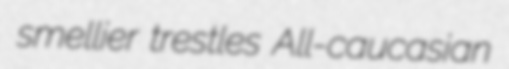
smellier trestles All-caucasian